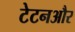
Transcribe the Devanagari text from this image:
टेटनऔर